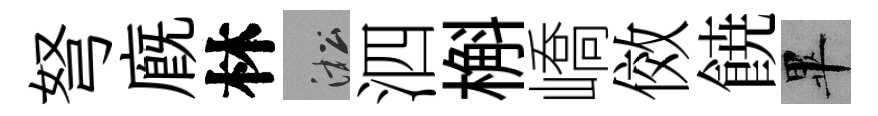
弩廐林淞泗槲嶠傚𩜙畢